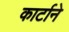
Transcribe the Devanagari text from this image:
कार्टाने